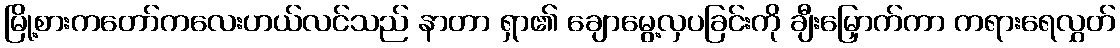
မြို့စားကတော်ကလေးဟယ်လင်သည် နာတာ ရှာ၏ ချောမွေ့လှပခြင်းကို ချီးမြှောက်ကာ ကရားရေလွှတ်